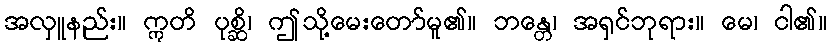
အလှူနည်း။ ဣတိ ပုစ္ဆိ၊ ဤသို့မေးတော်မူ၏။ ဘန္တေ၊ အရှင်ဘုရား။ မေ၊ ငါ၏။